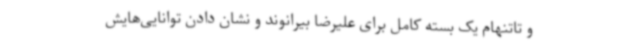
و تاتنهام یک بسته کامل برای علیرضا بیرانوند و نشان دادن توانایی‌هایش